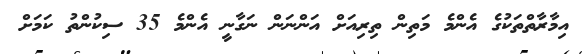
އިމާރާތްތަކުގެ އެންމެ މަތިން ތިރިއަށް އަންނަން ނަގާނީ އެންމެ 35 ސިކުންތު ކަމަށް